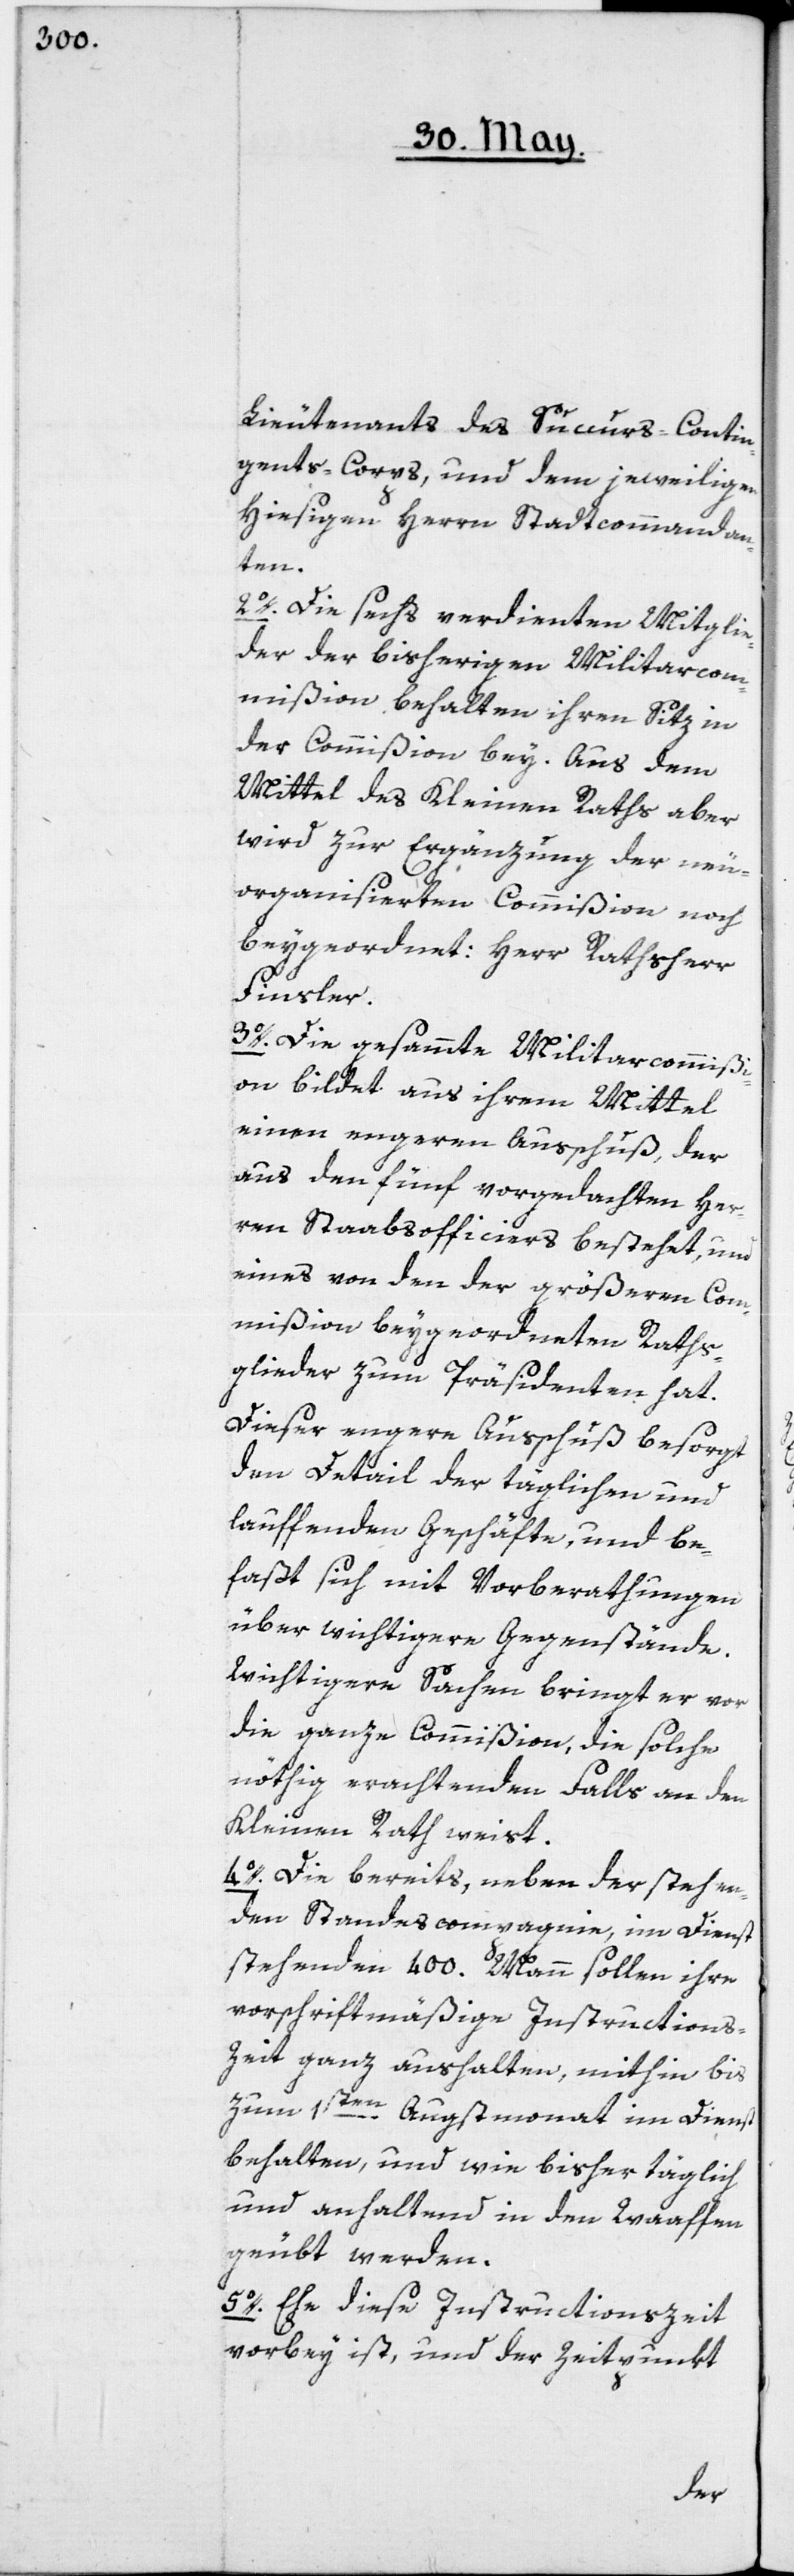
lieutenants des Succurs-Contin¬
gents-Corps, und dem jeweiligen
hiesigen Herrn Stadtcommandan¬
ten.
2o. Die sechs verdienten Mitglie¬
der der bisherigen Militarcom¬
mißion behalten ihren Sitz in
der Commißion bey. Aus dem
Mittel des Kleinen Raths aber
wird zur Ergänzung der neu
organisierten Commißion noch
beygeordnet: Herr Rathsherr
Finsler.
3o. Die gesamte Militarcommißi¬
on bildet aus ihrem Mittel
einen engeren Ausschuß, der
aus den fünf vorgedachten Her¬
ren Staabsofficiers bestehet, und
eines von den der größeren Com¬
mißion beygeordneten Raths¬
glieder zum Präsidenten hat.
Dieser engere Ausschuß besorgt
den Detail der täglichen und
lauffenden Geschäfte, und be¬
faßt sich mit Vorberathungen
über wichtigere Gegenstände.
Wichtigere Sachen bringt er vor
die ganze Commißion, die solche
nöthig erachtenden Falls an den
Kleinen Rath weist.
4o. Die bereits, neben der stehen¬
den Standescompagnie, im Dienst
stehenden 400. Mann sollen ihre
vorschriftsmäßige Instructions-Z¬
eit ganz aushalten, mithin bis
zum 1sten Augstmonat im Dienst
behalten, und wie bisher täglich
und anhaltend in den Waaffen
geübt werden.
5o. Ehe diese Instructionszeit
vorbey ist, und der Zeitpunkt